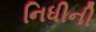
નિધીની